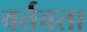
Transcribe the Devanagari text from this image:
वर्तवता